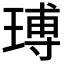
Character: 𤧵